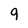
Character: 9